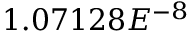
1 . 0 7 1 2 8 E ^ { - 8 }